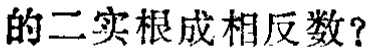
的二实根成相反数？